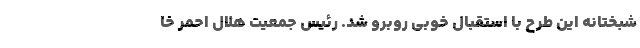
شبختانه این طرح با استقبال خوبی روبرو شد. رئیس جمعیت هلال احمر خا